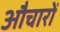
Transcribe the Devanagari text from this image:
औचारों